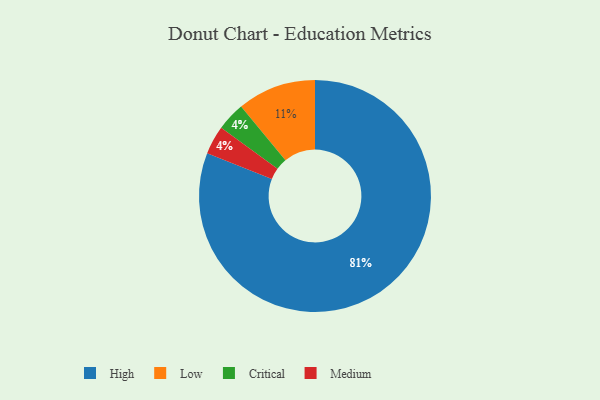
{"axis": {"x": "Category", "y": "Percentage"}, "legend": ["Critical", "High", "Low", "Medium"], "data": [{"x": "Low", "y": 11, "type": "Low"}, {"x": "Critical", "y": 4, "type": "Critical"}, {"x": "High", "y": 81, "type": "High"}, {"x": "Medium", "y": 4, "type": "Medium"}]}